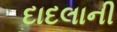
દાદલાની